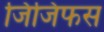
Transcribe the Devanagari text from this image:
जिजिफस